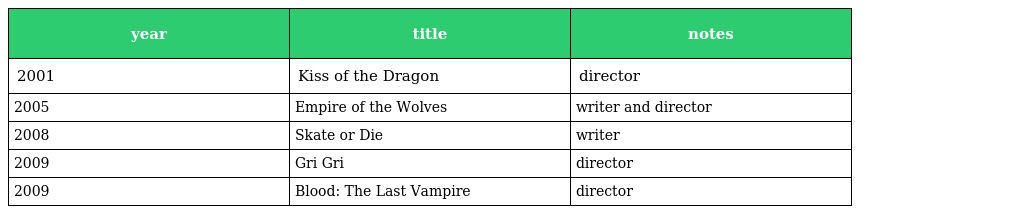
| year | title | notes |
 | --- | --- | --- |
 | 2001 | Kiss of the Dragon | director |
 | 2005 | Empire of the Wolves | writer and director |
 | 2008 | Skate or Die | writer |
 | 2009 | Gri Gri | director |
 | 2009 | Blood: The Last Vampire | director |